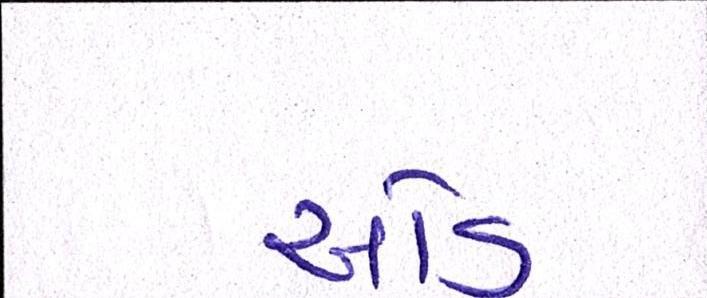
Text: ઓડ